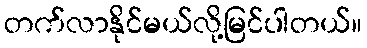
တက်လာနိုင်မယ်လို့မြင်ပါတယ်။